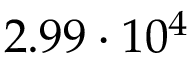
2 . 9 9 \cdot 1 0 ^ { 4 }